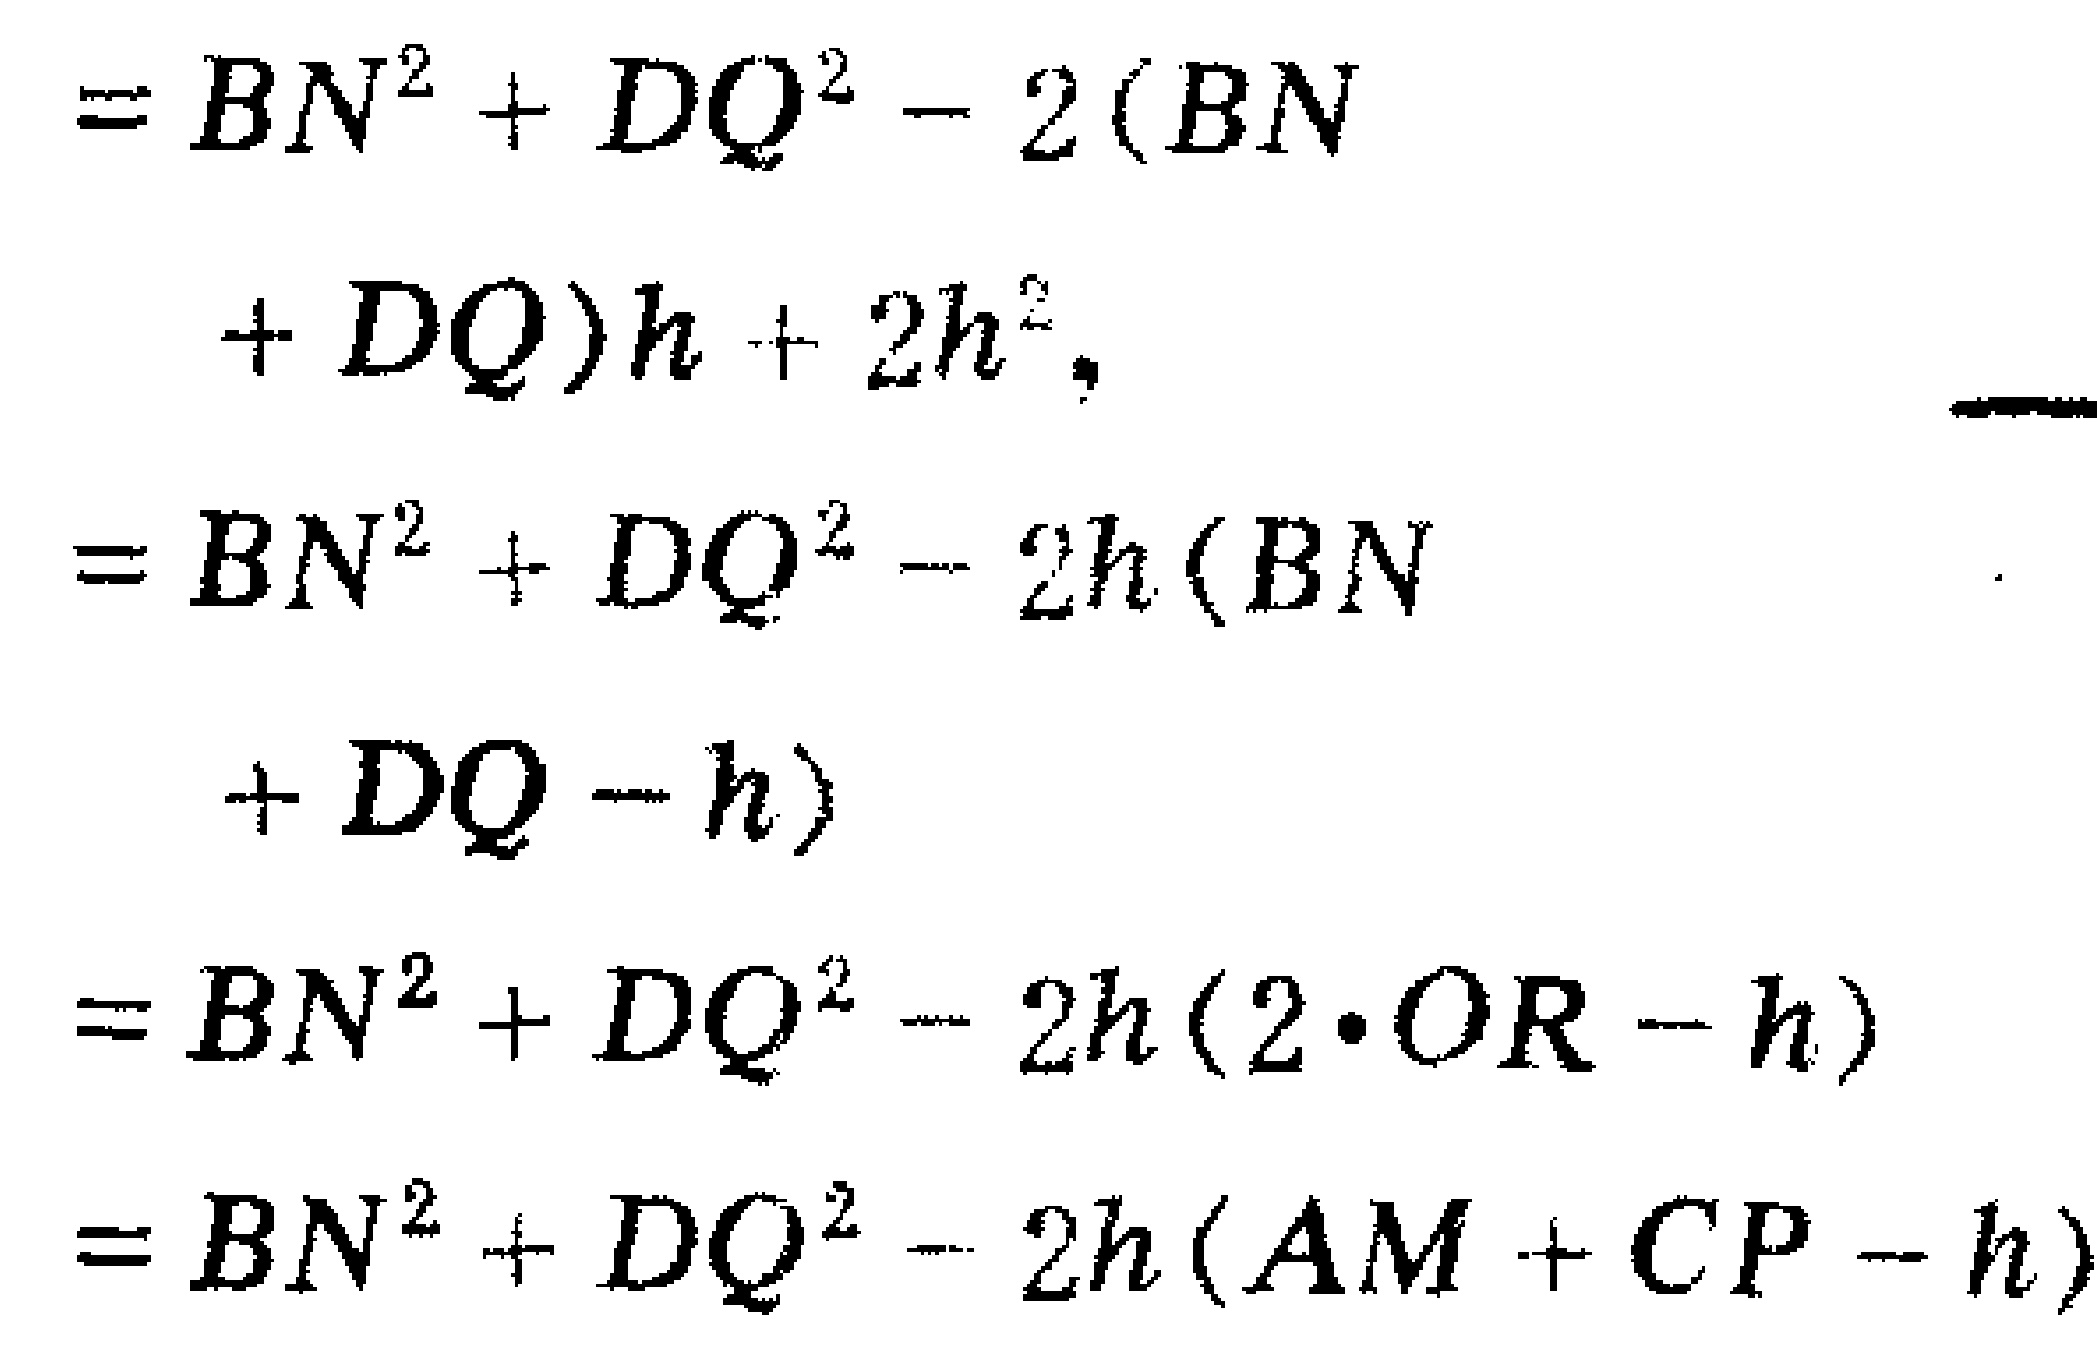
\begin{align*}
&=BN^{2}+DQ^{2}-2(BN\\
&\quad +DQ)h + 2h^{2},\\
&=BN^{2}+DQ^{2}-2h(BN\\
&\quad +DQ - h)\\
&=BN^{2}+DQ^{2}-2h(2\cdot OR - h)\\
&=BN^{2}+DQ^{2}-2h(AM + CP - h)
\end{align*}